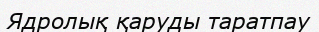
Ядролық қаруды таратпау